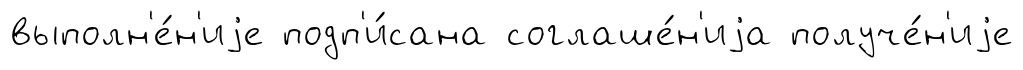
выполн'е́н'иjе подп'и́сана соглаше́н'иjа получе́н'иjе